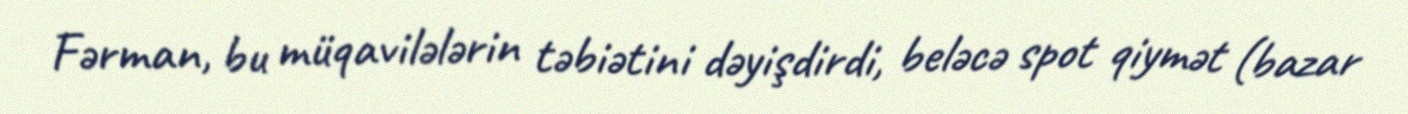
Fərman, bu müqavilələrin təbiətini dəyişdirdi, beləcə spot qiymət (bazar